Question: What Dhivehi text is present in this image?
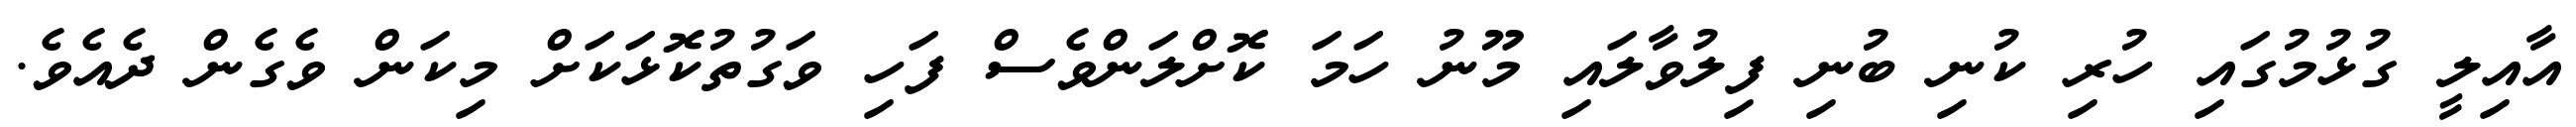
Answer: އާއިލީ ގުޅުމުގައި ހުރި ކުނި ބުނި ފިލުވާލައި މޫނު ހަމަ ކޮށްލަންވެސް ފަހި ވަގުތުކޮޅަކަށް މިކަން ވެގެން ދެއެވެ.